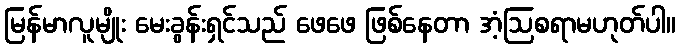
မြန်မာလူမျိုး မေးခွန်းရှင်သည် ဖေဖေ ဖြစ်နေတာ အံ့ဩစရာမဟုတ်ပါ။